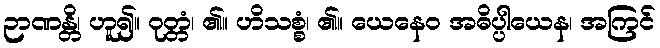
ဉာဏန္တိ၊ ဟူ၍။ ဝုတ္တံ၊ ၏။ ဟိသစ္စံ၊ ၏။ ယေနေဝ အဓိပ္ပါယေန၊ အကြင်